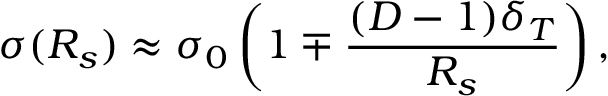
\sigma ( R _ { s } ) \approx \sigma _ { 0 } \left( 1 \mp \frac { ( D - 1 ) \delta _ { T } } { R _ { s } } \right) ,